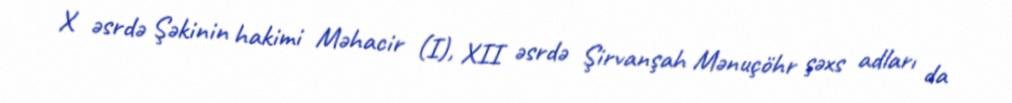
X əsrdə Şəkinin hakimi Məhacir (I), XII əsrdə Şirvanşah Mənuçöhr şəxs adları da